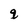
Character: q